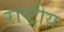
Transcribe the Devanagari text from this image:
राष्ट्रीय